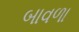
બાવળા